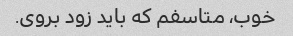
خوب، متاسفم که باید زود بروی.